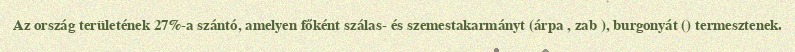
Az ország területének 27%-a szántó, amelyen főként szálas- és szemestakarmányt (árpa , zab ), burgonyát () termesztenek.